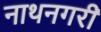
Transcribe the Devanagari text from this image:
नाथनगरी